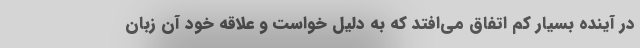
در آینده بسیار کم اتفاق می‌افتد که به دلیل خواست و علاقه خود آن زبان